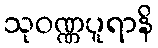
သုဝဏ္ဏပူရာနိ